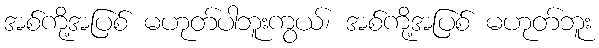
အစ်ကို့အပြစ် မဟုတ်ပါဘူးကွယ်၊ အစ်ကို့အပြစ် မဟုတ်ဘူး